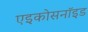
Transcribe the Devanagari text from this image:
एइकोसनॉइड